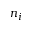
n _ { i }